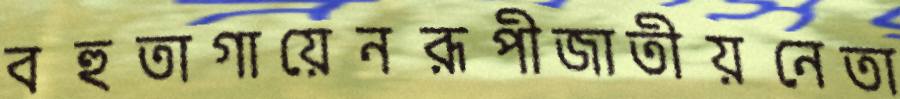
বহুতাগায়েনরূপীজাতীয়নেতা